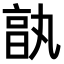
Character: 𠅩